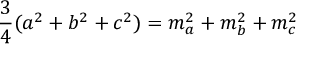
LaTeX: { \frac { 3 } { 4 } } ( a ^ { 2 } + b ^ { 2 } + c ^ { 2 } ) = m _ { a } ^ { 2 } + m _ { b } ^ { 2 } + m _ { c } ^ { 2 }